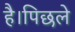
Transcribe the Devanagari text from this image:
है।पिछले